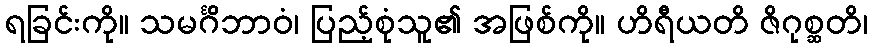
ရခြင်းကို။ သမင်္ဂိဘာဝံ၊ ပြည့်စုံသူ၏ အဖြစ်ကို။ ဟိရီယတိ ဇိဂုစ္ဆတိ၊